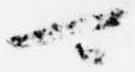
可